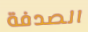
الصدفة